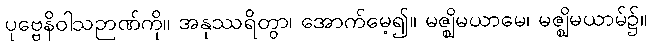
ပုဗ္ဗေနိဝါသဉာဏ်ကို။ အနုဿရိတွာ၊ အောက်မေ့၍။ မဇ္ဈိမယာမေ၊ မဇ္ဈိမယာမ်၌။